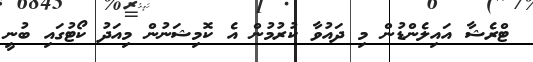
ޓްރެޝާ އައިލެންޑުން މި ދައުވާ ކުރުމުން އެ ކޮމިޝަނުން މިއަދު ކޯޓުގައި ބުނީ